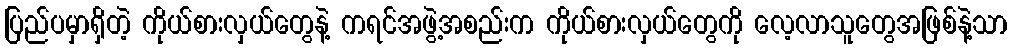
ပြည်ပမှာရှိတဲ့ ကိုယ်စားလှယ်တွေနဲ့ ကရင်အဖွဲ့အစည်းက ကိုယ်စားလှယ်တွေကို လေ့လာသူတွေအဖြစ်နဲ့သာ